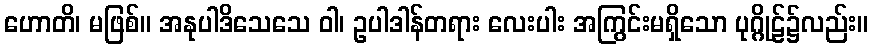
ဟောတိ၊ မဖြစ်။ အနုပါဒိသေသေ ဝါ၊ ဥပါဒါန်တရား လေးပါး အကြွင်းမရှိသော ပုဂ္ဂိုဠ်၌လည်း။